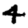
Digit: 4